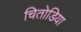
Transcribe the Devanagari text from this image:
चितोडिया